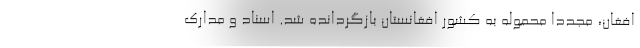
افغان، مجددا محموله به کشور افغانستان بازگردانده شد. اسناد و مدارک